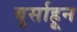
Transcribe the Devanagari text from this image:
बुर्साहून